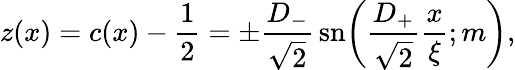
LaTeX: \begin{array}{l}{\displaystyle{z(x)=c(x)-\frac{1}{2}=\pm\frac{D_{-}}{\sqrt{2}}\, \mathrm{sn}\bigg(\frac{D_{+}}{\sqrt{2}}\frac{x}{\xi};m\bigg),}}\end{array}